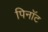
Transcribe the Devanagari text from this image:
पिनॉट